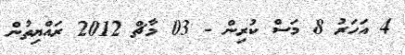
4 އަހަރު 8 މަސް ކުރިން - 03 މާޗް 2012 ރައްޔިތުން